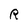
Character: R